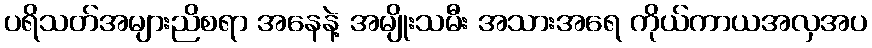
ပရိသတ်အများညိစရာ အနေနဲ့ အမျိုးသမီး အသားအရေ ကိုယ်ကာယအလှအပ